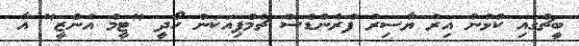
ބީޗްގައި ކުޅުނު އިރު ޔާސިރު ފްރެންޑްސް ޗެމްޕިއަކަން ހޯދީ "ޓީމް އެންޒީ" އާ